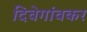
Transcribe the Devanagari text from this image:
दिवेगांवकर